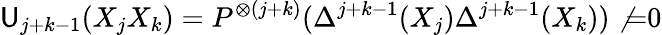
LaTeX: \mathsf{U}_{j+k-1}(X_{j}X_{k})=P^{\otimes(j+k)}(\Delta^{j+k-1}(X_{j})\Delta^{j+k-1}(X_{k}))\not{=}0